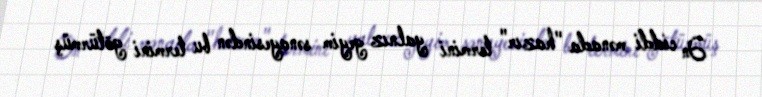
Ən ciddi mənada "hazır" termini yalnız geyim sənayesindən bu termini götürmüş